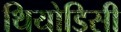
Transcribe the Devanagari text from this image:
थियोडिसी